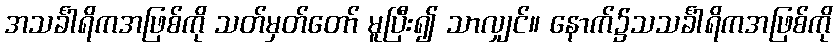
အသင်္ခါရိကအဖြစ်ကို သတ်မှတ်တော် မူပြီး၍ သာလျှင်။ နောက်၌သသင်္ခါရိကအဖြစ်ကို